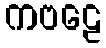
ကဗဠေ